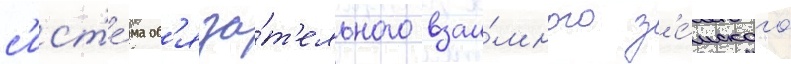
с'ист'е́ма об'яза́т'ельного взаи́много з'е́мского